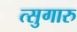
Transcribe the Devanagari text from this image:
त्सुगारु